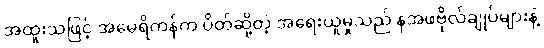
အထူးသဖြင့် အမေရိကန်က ပိတ်ဆို့တဲ့ အရေးယူမှုသည် နအဖဗိုလ်ချုပ်များနဲ့